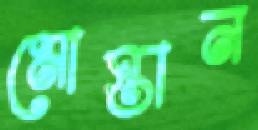
মোস্তান